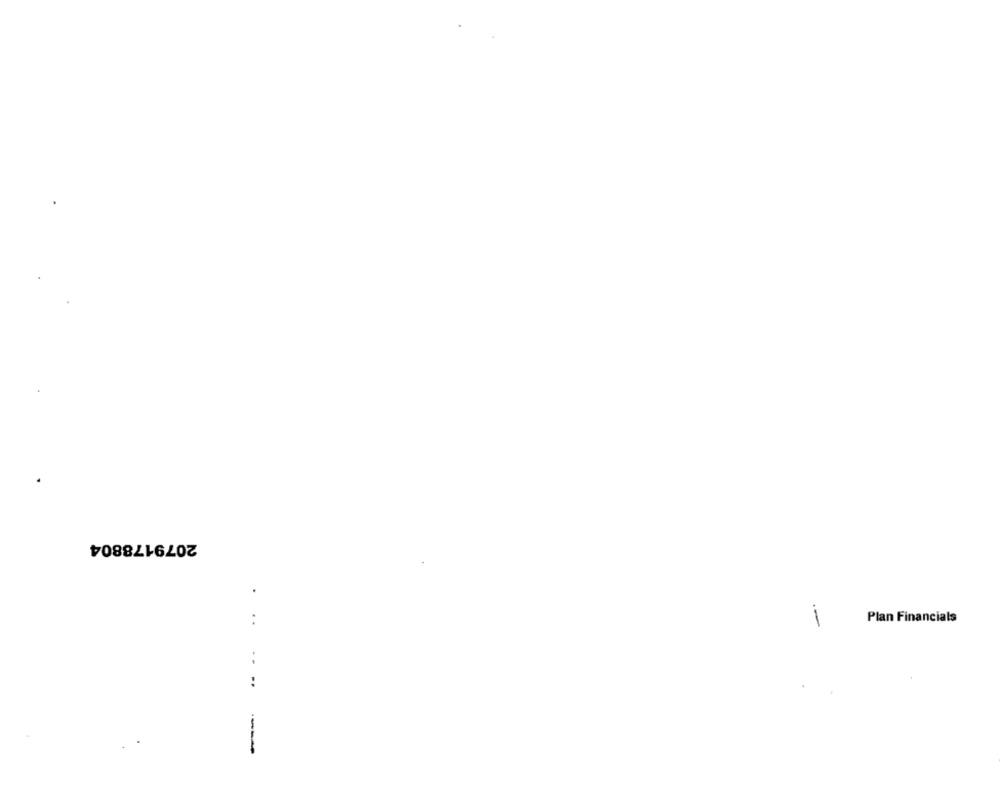
2079178804
. ..
.-
Plan Financials
..
---